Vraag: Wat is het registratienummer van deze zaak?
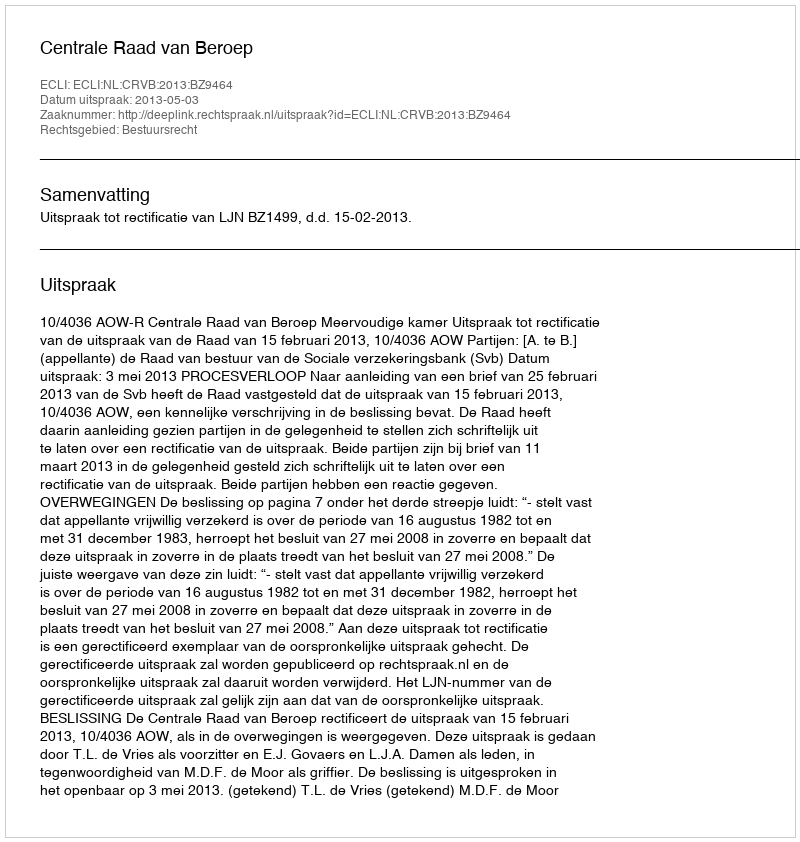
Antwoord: http://deeplink.rechtspraak.nl/uitspraak?id=ECLI:NL:CRVB:2013:BZ9464